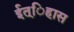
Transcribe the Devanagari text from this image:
ईत्िहास